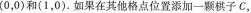
(0，0)和(1，0). 如果在其他格点位置添加一颗棋子C，